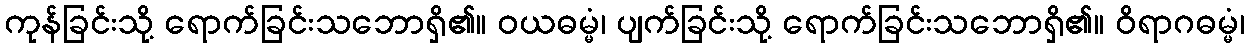
ကုန်ခြင်းသို့ ရောက်ခြင်းသဘောရှိ၏။ ဝယဓမ္မံ၊ ပျက်ခြင်းသို့ ရောက်ခြင်းသဘောရှိ၏။ ဝိရာဂဓမ္မံ၊